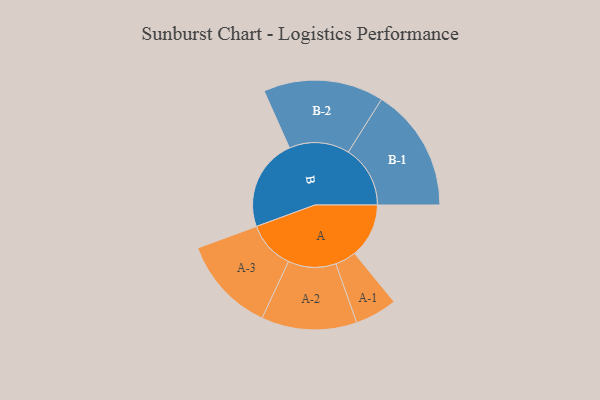
{"axis": {"x": "Segment", "y": "Value"}, "legend": ["", "A", "B"], "data": [{"x": "A", "y": 257, "type": ""}, {"x": "B", "y": 436, "type": ""}, {"x": "A-1", "y": 100, "type": "A"}, {"x": "A-2", "y": 226, "type": "A"}, {"x": "A-3", "y": 227, "type": "A"}, {"x": "B-1", "y": 293, "type": "B"}, {"x": "B-2", "y": 285, "type": "B"}]}